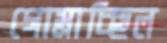
গোম্‌রাচ্ছিল